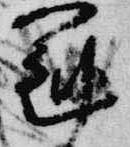
冠